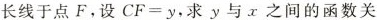
长线于点F。设$$ CF = y $$，求y与x之间的函数关